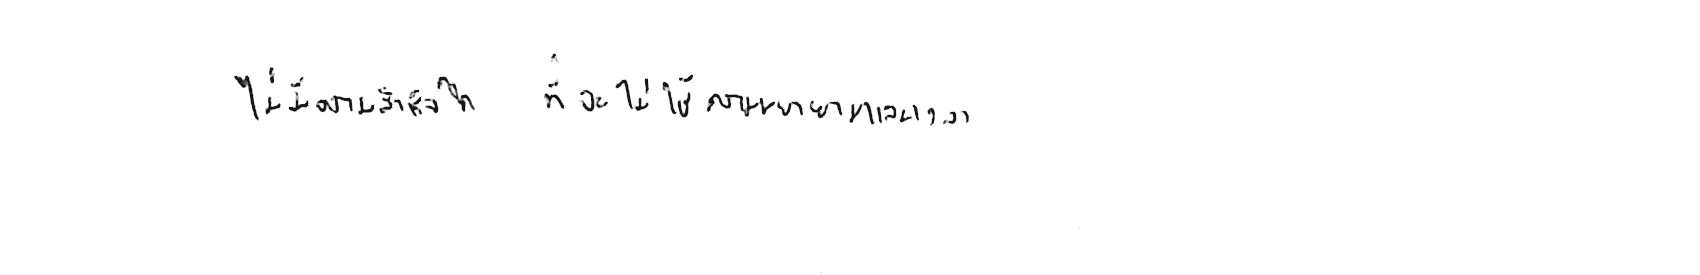
ไม่มีความสำเร็จใด ที่จะไม่ใช้ความพยายามและเวลา